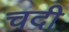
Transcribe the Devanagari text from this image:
चदी